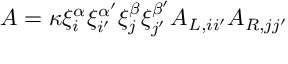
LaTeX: A = \kappa \xi _ { i } ^ { \alpha } \xi _ { i ^ { \prime } } ^ { \alpha ^ { \prime } } \xi _ { j } ^ { \beta } \xi _ { j ^ { \prime } } ^ { \beta ^ { \prime } } A _ { L , i i ^ { \prime } } A _ { R , j j ^ { \prime } }